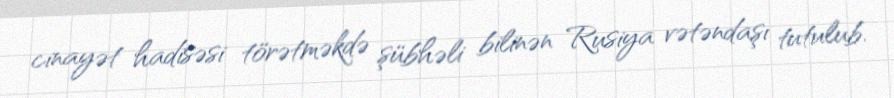
cinayət hadisəsi törətməkdə şübhəli bilinən Rusiya vətəndaşı tutulub.